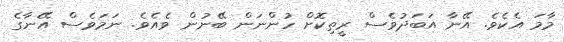
މާމަ އެކެވެ. އޭނާ އަބަދުވެސް ރީތިކޮށް ހުންނަން ބޭނުން ވެއެވެ. ނަމަވެސް އޭނާގެ